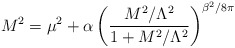
\begin{align*}M^2=\mu^2+\alpha\left(\frac{M^2/\Lambda^2}{1+M^2/\Lambda^2}\right)^{\beta^2/8\pi}\end{align*}